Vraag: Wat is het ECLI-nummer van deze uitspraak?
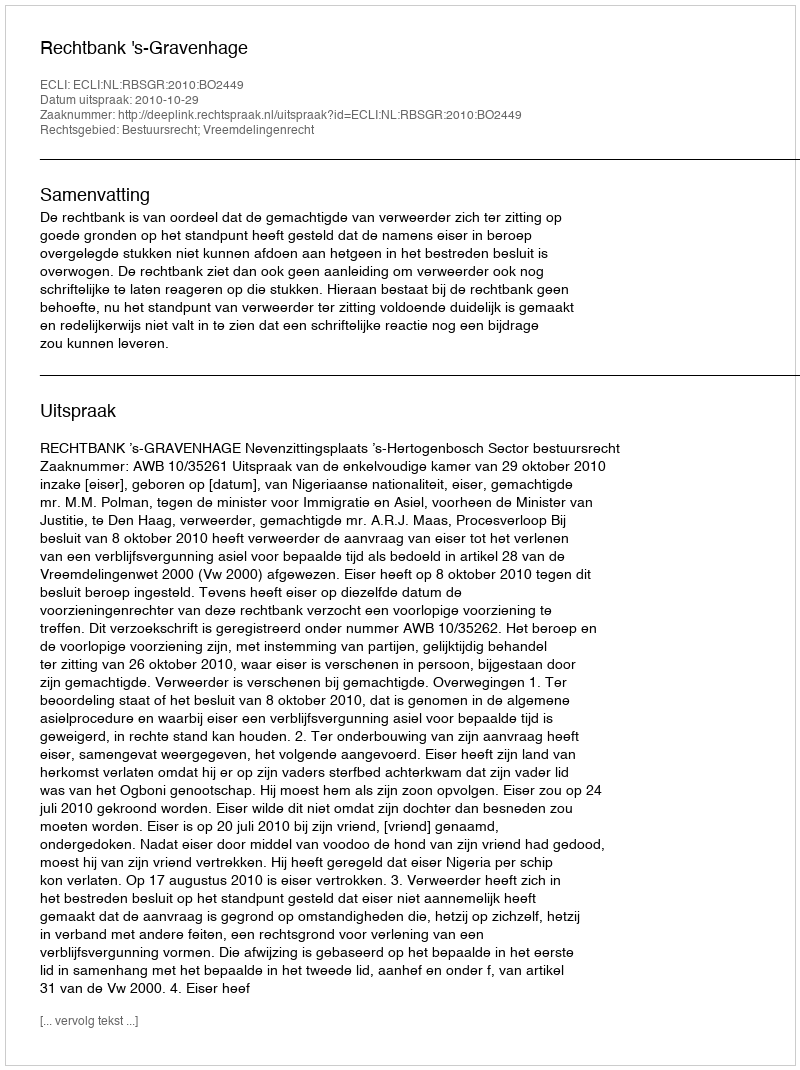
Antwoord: ECLI:NL:RBSGR:2010:BO2449